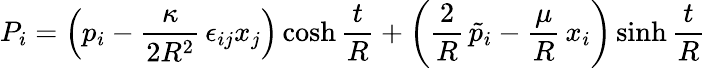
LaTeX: P_{i}=\left(p_{i}-\frac{\kappa}{2R^{2}}\, \epsilon_{ij}x_{j}\right)\cosh\frac{t}{R}+\left(\frac{2}{R}\, \tilde{p}_{i}-\frac{\mu}{R}\, x_{i}\right)\sinh\frac{t}{R}